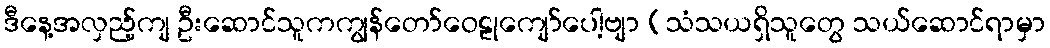
ဒီနေ့အလှည့်ကျ ဦးဆောင်သူကကျွန်တော်ဝေဠုကျော်ပေါ့ဗျာ (သံသယရှိသူတွေ သယ်ဆောင်ရာမှာ